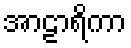
အာဠာရိကာ